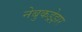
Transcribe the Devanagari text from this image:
नेबुकड्रेझर